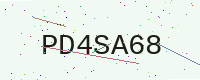
Text: PD4SA68